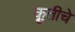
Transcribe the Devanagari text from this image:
कृुतीचे